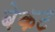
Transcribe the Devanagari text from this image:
बेकट